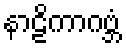
နာဠိကာဂဗ္ဘံ